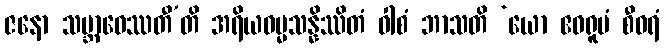
ဇနော သမ္ဘာဝေဿတီ’တိ အရိယဓမ္မသန္နိဿိတံ ဝါစံ ဘာသတိ ‘ယော ဧဝရူပံ စီဝရံ